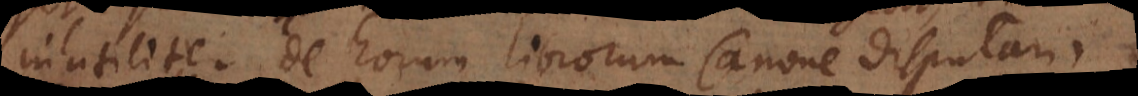
inutiliter de horum librorum Canone disputari,